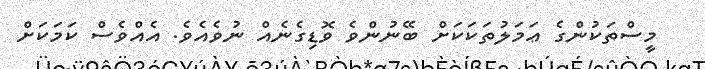
މީސްތަކުންގެ ޢަމަލުތަކަކަށް ބޭނުންވެ ވޮޑިގެނެއް ނުވެއެވެ. އެއްވެސް ކަމަކަށް